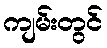
ကျမ်းတွင်